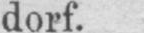
dorf.